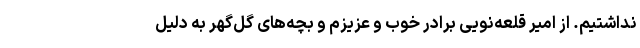
نداشتیم. از امیر قلعه‌نویی برادر خوب و عزیزم و بچه‌های گل‌گهر به دلیل